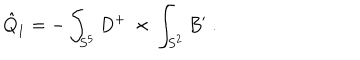
LaTeX: \hat { Q } _ { 1 } = - \int _ { S ^ { 5 } } D ^ { + } \ \times \, \int _ { S ^ { 2 } } B ^ { \prime } \ .